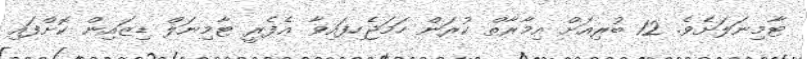
ޓާމިނަލަށެވެ. 12 ބުރިއަށް އިމާރާތް ކުރަން ހަމަޖެހިފައިވާ އެފެރީ ޓާމިނަލް ޑިޒައިން ކޮށްފައި